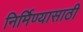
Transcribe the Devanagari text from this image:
निर्मिण्यासाठी